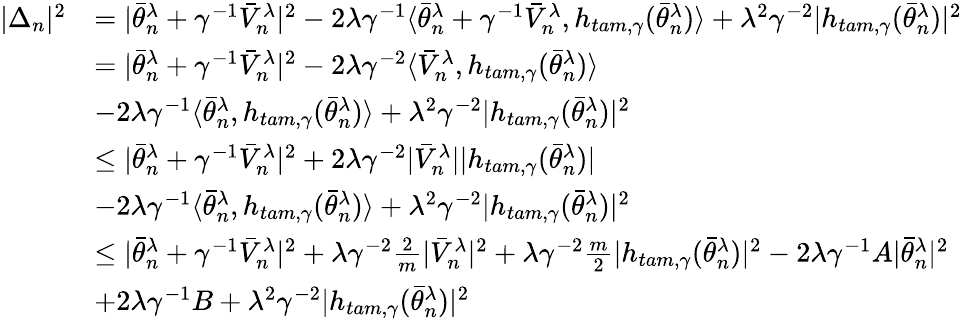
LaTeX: \begin{array}{rl}{|\Delta_{n}|^{2}}&{=|\bar{\theta}_{n}^{\lambda}+\gamma^{-1}\bar{V}_{n}^{\lambda}|^{2}-2\lambda\gamma^{-1}\langle\bar{\theta}_{n}^{\lambda}+\gamma^{-1}\bar{V}_{n}^{\lambda},h_{tam,\gamma}(\bar{\theta}_{n}^{\lambda})\rangle+\lambda^{2}\gamma^{-2}|h_{tam,\gamma}(\bar{\theta}_{n}^{\lambda})|^{2}}\\ &{=|\bar{\theta}_{n}^{\lambda}+\gamma^{-1}\bar{V}_{n}^{\lambda}|^{2}-2\lambda\gamma^{-2}\langle\bar{V}_{n}^{\lambda},h_{tam,\gamma}(\bar{\theta}_{n}^{\lambda})\rangle}\\ &{-2\lambda\gamma^{-1}\langle\bar{\theta}_{n}^{\lambda},h_{tam,\gamma}(\bar{\theta}_{n}^{\lambda})\rangle+\lambda^{2}\gamma^{-2}|h_{tam,\gamma}(\bar{\theta}_{n}^{\lambda})|^{2}}\\ &{\leq|\bar{\theta}_{n}^{\lambda}+\gamma^{-1}\bar{V}_{n}^{\lambda}|^{2}+2\lambda\gamma^{-2}|\bar{V}_{n}^{\lambda}||h_{tam,\gamma}(\bar{\theta}_{n}^{\lambda})|}\\ &{-2\lambda\gamma^{-1}\langle\bar{\theta}_{n}^{\lambda},h_{tam,\gamma}(\bar{\theta}_{n}^{\lambda})\rangle+\lambda^{2}\gamma^{-2}|h_{tam,\gamma}(\bar{\theta}_{n}^{\lambda})|^{2}}\\ &{\leq|\bar{\theta}_{n}^{\lambda}+\gamma^{-1}\bar{V}_{n}^{\lambda}|^{2}+\lambda\gamma^{-2}\frac{2}{m}|\bar{V}_{n}^{\lambda}|^{2}+\lambda\gamma^{-2}\frac{m}{2}|h_{tam,\gamma}(\bar{\theta}_{n}^{\lambda})|^{2}-2\lambda\gamma^{-1}A|\bar{\theta}_{n}^{\lambda}|^{2}}\\ &{+2\lambda\gamma^{-1}B+\lambda^{2}\gamma^{-2}|h_{tam,\gamma}(\bar{\theta}_{n}^{\lambda})|^{2}}\end{array}